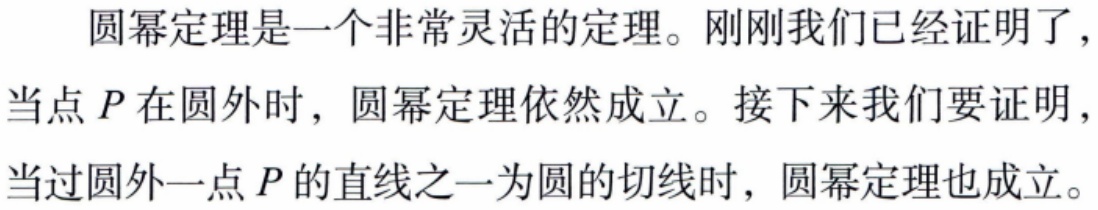
圆幂定理是一个非常灵活的定理。刚刚我们已经证明了，当点\(P\)在圆外时，圆幂定理依然成立。接下来我们要证明，当过圆外一点\(P\)的直线之一为圆的切线时，圆幂定理也成立。